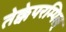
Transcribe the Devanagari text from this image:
तेक्केपरम्पिल्